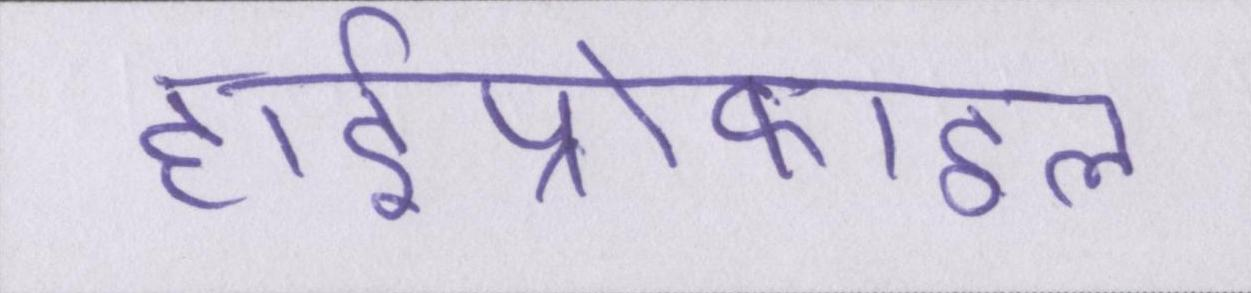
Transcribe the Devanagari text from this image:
हाईप्रोफाइल